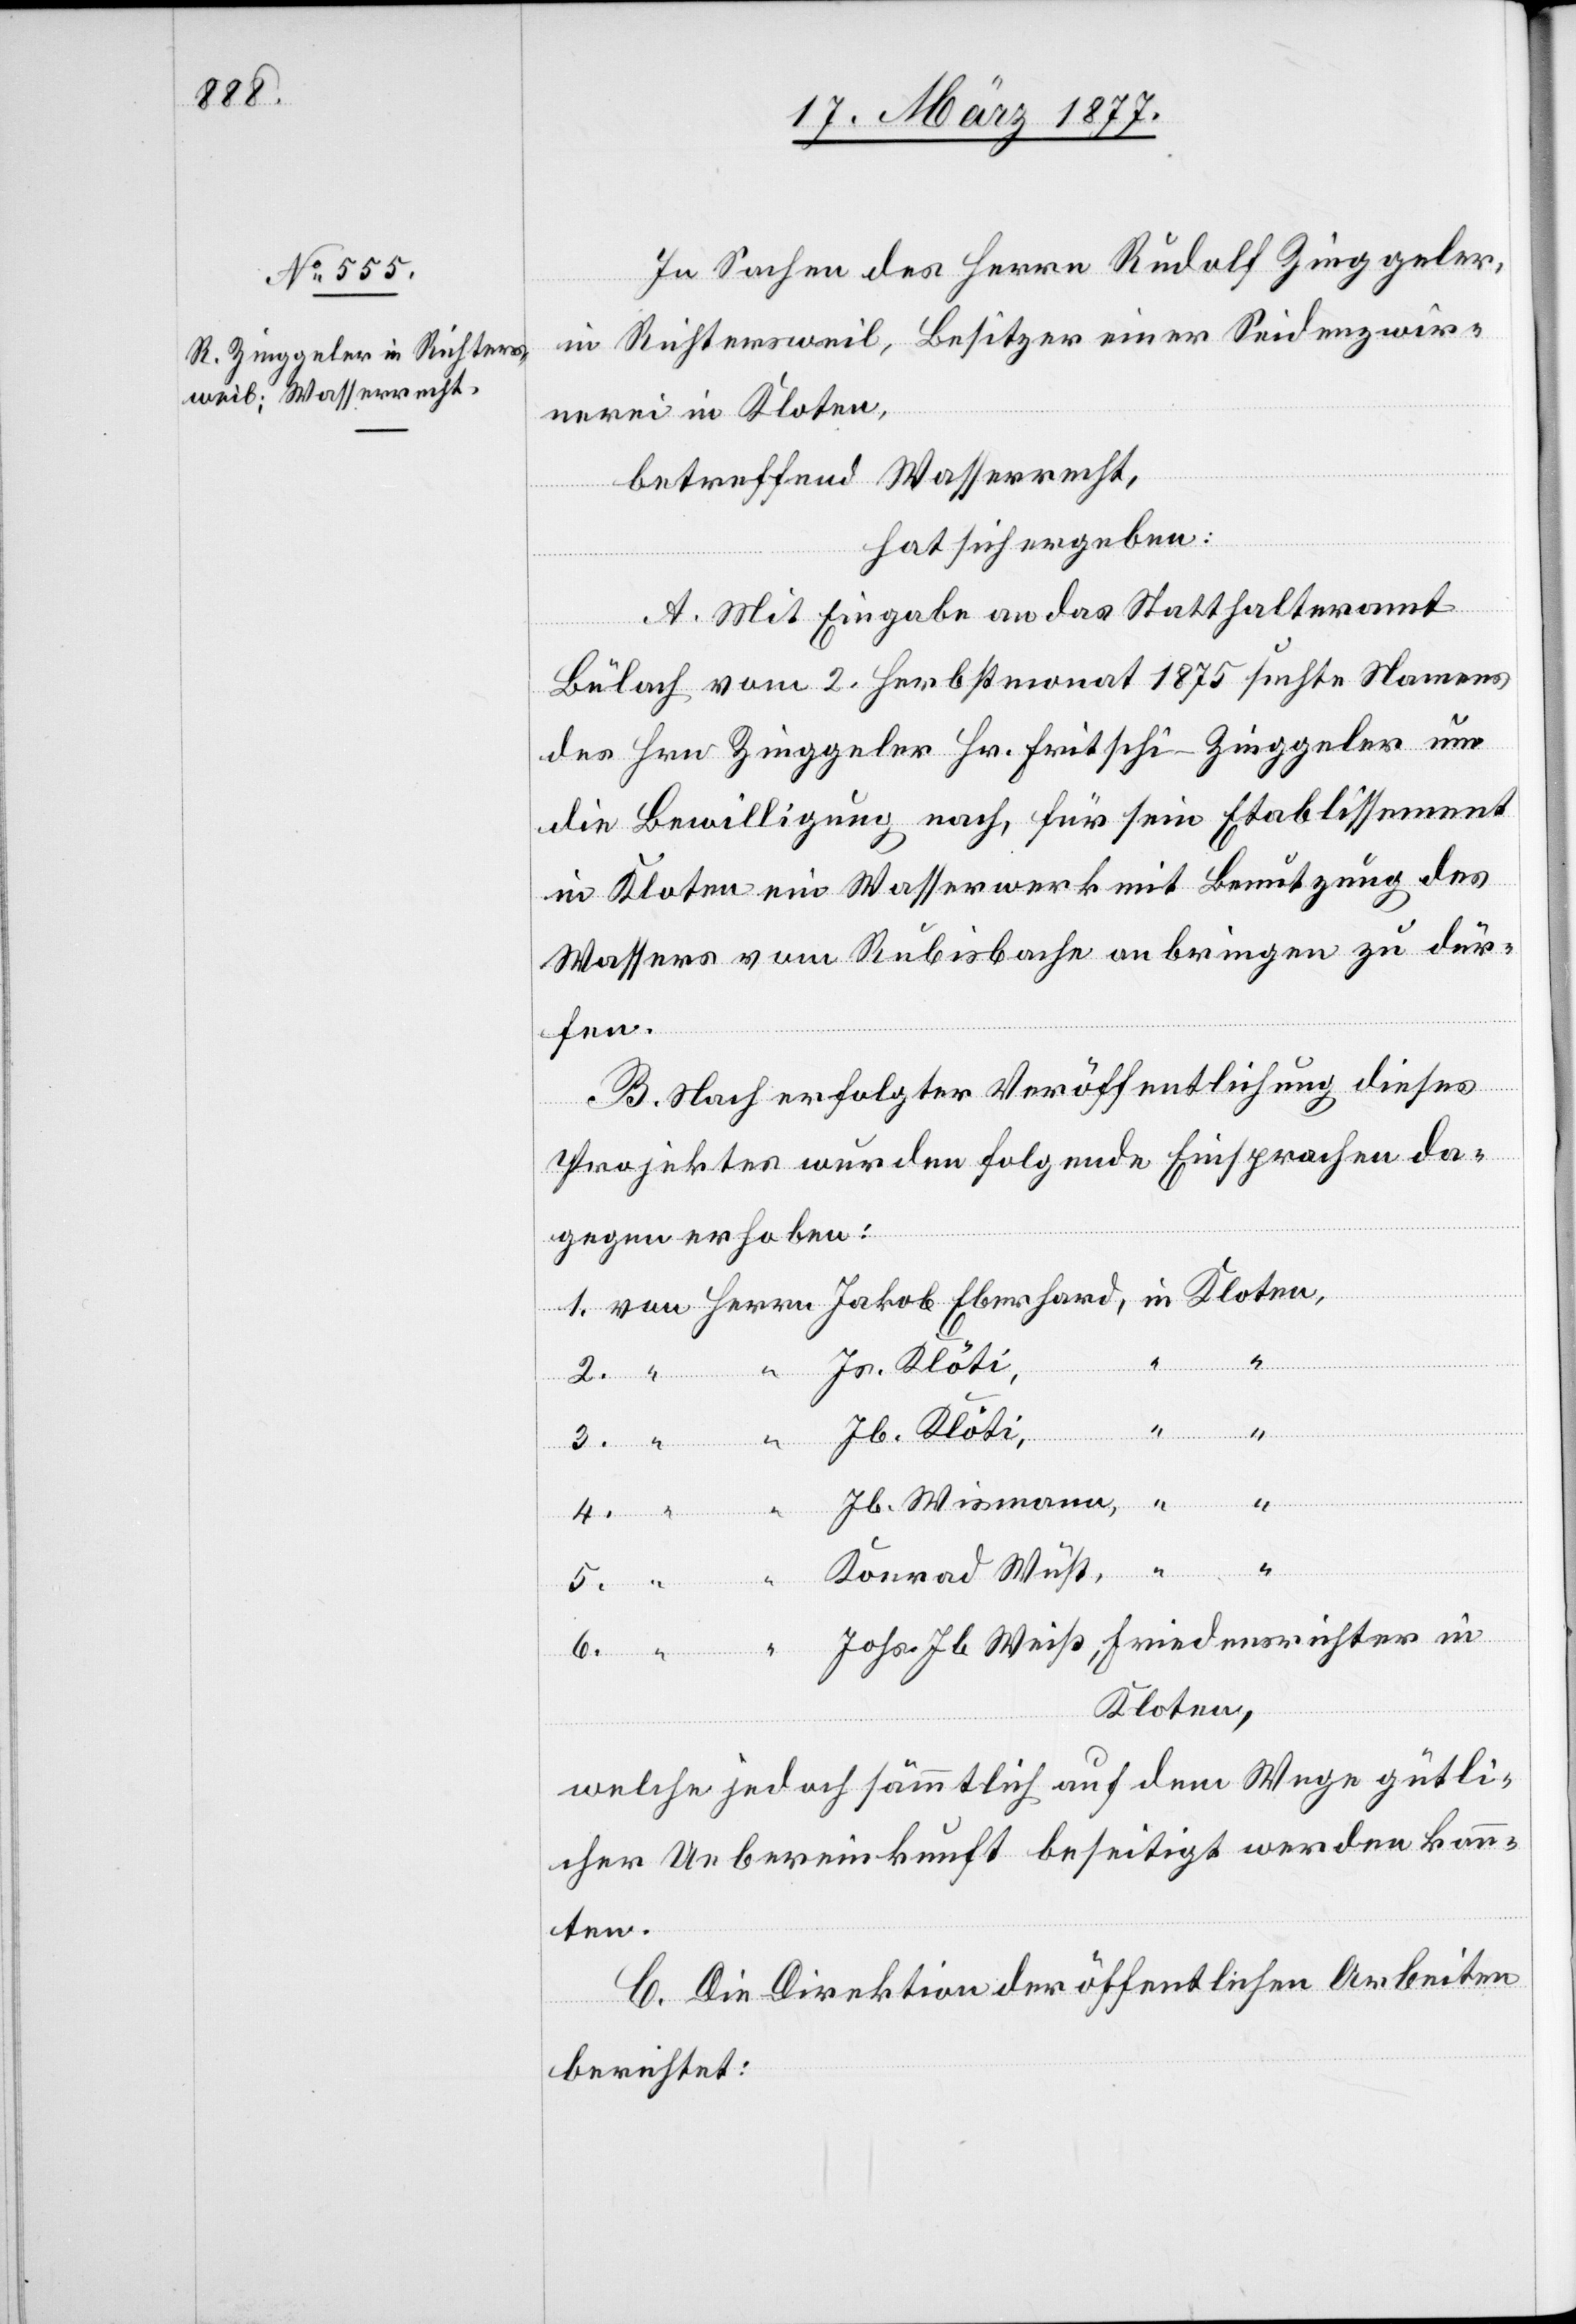
In Sachen des Herrn Rudolf Zinggeler,
in Richtersweil, Besitzer einer Seidenzwir¬
nerei in Kloten,
betreffend Wasserrecht,
hat sich ergeben:
A. Mit Eingabe an das Statthalteramt
Bülach vom 2. Herbstmonat 1875 suchte Namens
des Hrn. Zinggeler Hr. Fritschi-Zinggeler um
die Bewilligung nach, für sein Etablissement
in Kloten ein Wasserwerk mit Benutzung des
Wassers vom Rubisbache anbringen zu dür¬
fen.
B. Nach erfolgter Veröffentlichung dieses
in
Projektes wurden folgende Einsprachen da¬
gegen erhoben:
Weiß,
Jb. Klöti,
4.
Friedensrichter
Konrad Wüst,
6.
Kloten,
welche jedoch sämmtlich auf dem Wege gütli¬
cher Uebereinkunft beseitigt werden konn¬
ten.
C. Die Direktion der öffentlichen Arbeiten
berichtet: